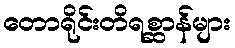
တောရိုင်းတိရစ္ဆာန်များ